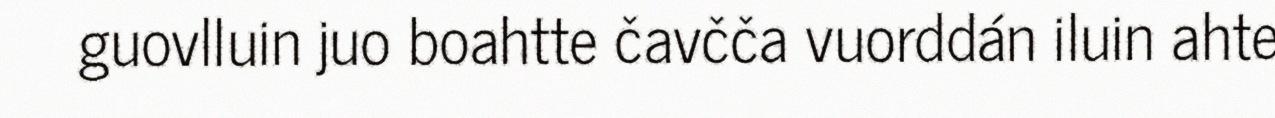
guovlluin juo boahtte čavčča vuorddán iluin ahte